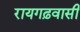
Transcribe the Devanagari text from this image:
रायगढ़वासी